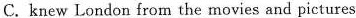
C. knew London from the movies and pictures